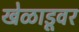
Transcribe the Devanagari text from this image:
खेळाडूवर